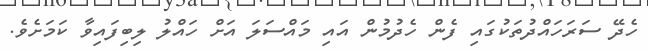
ހެދޭ ސަރަހައްދުތަކުގައި ފެން ހެދުމުން އައި މައްސަލަ އަށް ހައްލު ލިބިފައިވާ ކަމަށެވެ.